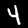
Label: 4